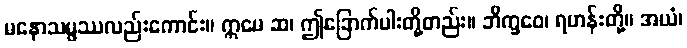
မနောသမ္ဖဿလည်းကောင်း။ ဣမေ ဆ၊ ဤခြောက်ပါးတို့တည်း။ ဘိက္ခဝေ၊ ရဟန်းတို့။ အယံ၊